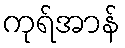
ကုရ်အာန်